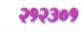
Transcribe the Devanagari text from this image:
२१२३०१